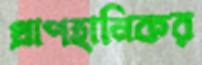
প্রাণহানিকর